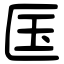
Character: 匤